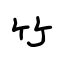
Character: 竹